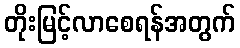
တိုးမြင့်လာစေရန်အတွက်